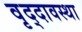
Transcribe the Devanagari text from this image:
वृद्दावस्था